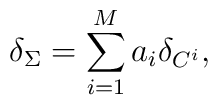
\delta_{\Sigma}=\sum_{i=1}^M a_i \delta_{C^i},